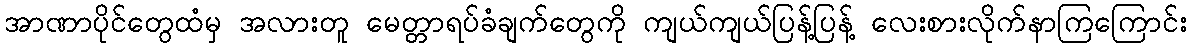
အာဏာပိုင်တွေထံမှ အလားတူ မေတ္တာရပ်ခံချက်တွေကို ကျယ်ကျယ်ပြန့်ပြန့် လေးစားလိုက်နာကြကြောင်း